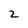
Character: 2